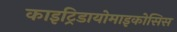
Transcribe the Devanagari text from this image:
काइट्रिडायोमाइकोसिस